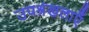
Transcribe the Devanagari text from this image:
उपश्रंखलाएँ